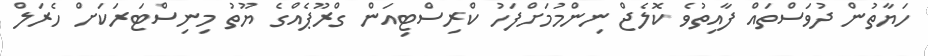
ހަޔާތުން ދުވަސްތައް ފާއިތުވެ ކޮލެޖް ނިންމުމަށްފަހު ކްރިސްޓިއަން ގްރޫޕެއްގެ ޔޫތު މިނިސްޓަރަކަށް ހެރަލް